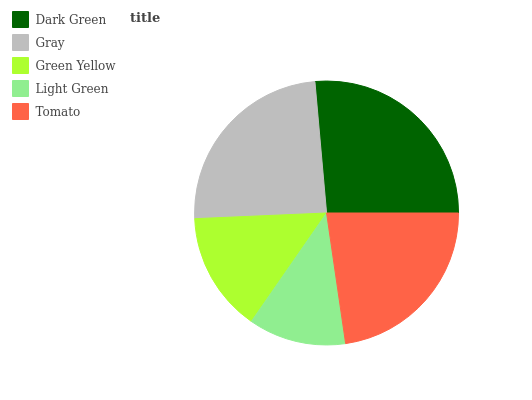
| Dark Green | Gray | Green Yellow | Light Green | Tomato |
 | --- | --- | --- | --- | --- |
 | 26.4% | 24.3% | 14.6% | 11.9% | 22.7% |